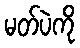
မတ်ပဲကို